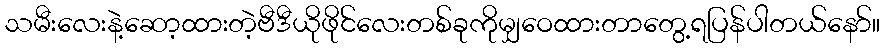
သမီးလေးနဲ့ဆော့ထားတဲ့ဗီဒီယိုဖိုင်လေးတစ်ခုကိုမျှဝေထားတာတွေ့ရပြန်ပါတယ်နော်။